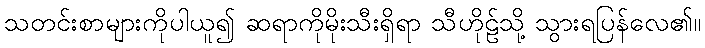
သတင်းစာများကိုပါယူ၍ ဆရာကိုမိုးသီးရှိရာ သီဟိုဠ်သို့ သွားရပြန်လေ၏။